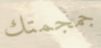
جمجمتك